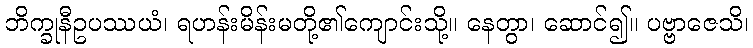
ဘိက္ခုနီဥပဿယံ၊ ရဟန်းမိန်းမတို့၏ကျောင်းသို့။ နေတွာ၊ ဆောင်၍။ ပဗ္ဗာဇေသိ၊